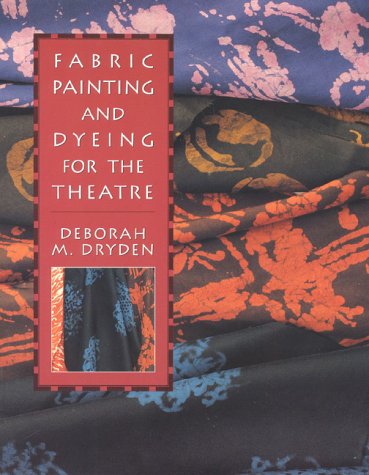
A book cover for Fabric Painting and Dyeing for the Theatre; Deborah Dryden; Crafts, Hobbies & Home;